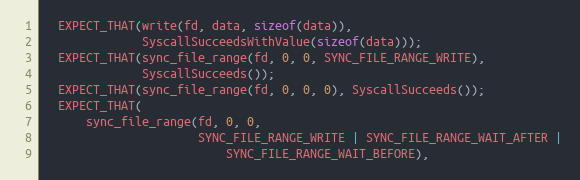
Language: C++
  EXPECT_THAT(write(fd, data, sizeof(data)),
              SyscallSucceedsWithValue(sizeof(data)));
  EXPECT_THAT(sync_file_range(fd, 0, 0, SYNC_FILE_RANGE_WRITE),
              SyscallSucceeds());
  EXPECT_THAT(sync_file_range(fd, 0, 0, 0), SyscallSucceeds());
  EXPECT_THAT(
      sync_file_range(fd, 0, 0,
                      SYNC_FILE_RANGE_WRITE | SYNC_FILE_RANGE_WAIT_AFTER |
                          SYNC_FILE_RANGE_WAIT_BEFORE),